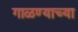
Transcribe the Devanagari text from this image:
गाळण्याच्या